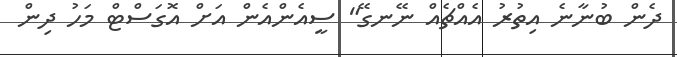
ދެން ބުނާނެ އިތުރު އެއްޗެއް ނޭނގޭ" ސީއެންއެން އަށް އޮގަސްޓް މަހު ދިން